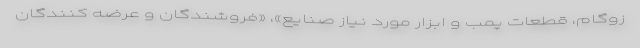
زوگام، قطعات پمب و ابزار مورد نیاز صنایع»، «فروشندگان و عرضه کنندگان